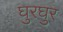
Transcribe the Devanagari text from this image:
घुरघुर